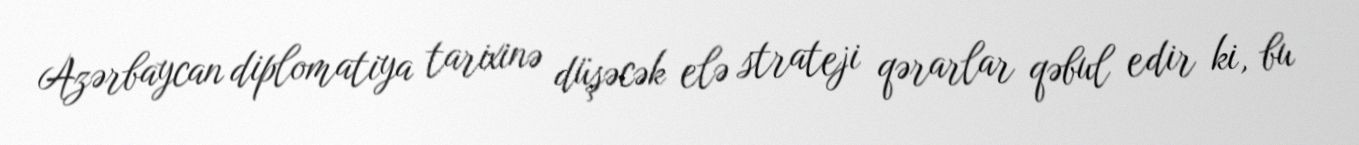
Azərbaycan diplomatiya tarixinə düşəcək elə strateji qərarlar qəbul edir ki, bu